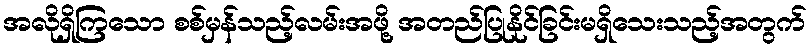
အလိုရှိကြသော စစ်မှန်သည့်လမ်းအဖို့ အတည်ပြုနိုင်ခြင်းမရှိသေးသည့်အတွက်